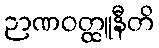
ဉာဏဝတ္ထူနီတိ